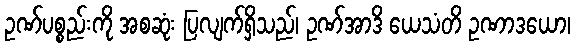
ဥဏ်ပစ္စည်းကို အစဆုံး ပြလျက်ရှိသည်၊ ဥဏ်အာဒိ ယေသံတိ ဥဏာဒယော၊